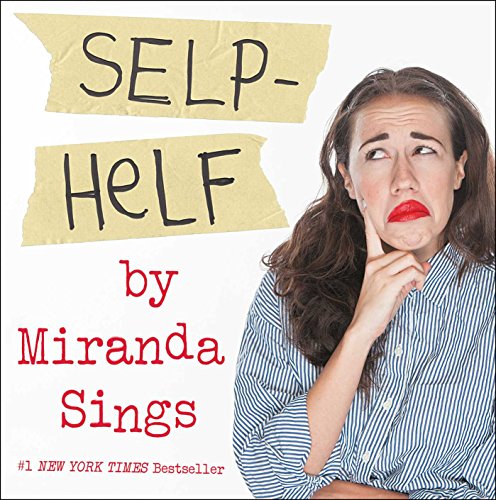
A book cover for Selp-Helf; Miranda Sings; Humor & Entertainment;